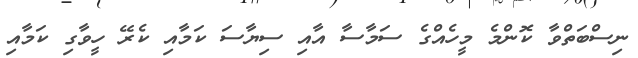
ނިސްބަތްވާ ކޮންމެ މީހެއްގެ ސަމާސާ އާއި ސިޔާސަ ކަމާއި ކެރޭ ހީވާގި ކަމާއި